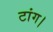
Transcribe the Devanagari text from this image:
टांग।